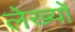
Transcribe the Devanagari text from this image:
लेख्यों